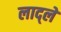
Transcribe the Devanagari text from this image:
लाद्ले